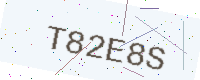
Text: T82E8S